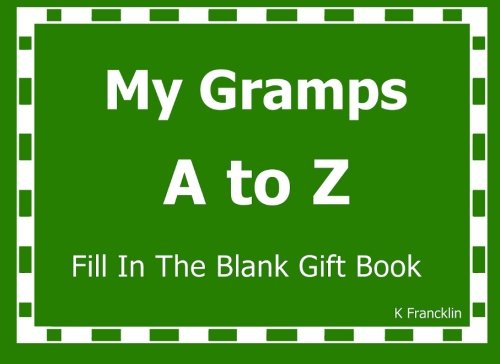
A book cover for My Gramps A to Z Fill In The Blank Gift Book (A to Z Gift Books) (Volume 25); K Francklin; Parenting & Relationships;